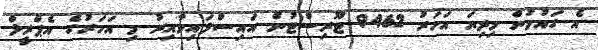
އެ ގައުމުން މިދިޔަ އަހަރު 9462 ޓޫރިސްޓުން އައިސްފައިވާއިރު މި އަހަރުގެ އެޕްރީލް